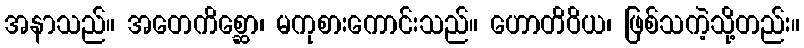
အနာသည်။ အတေကိစ္ဆော၊ မကုစားကောင်းသည်။ ဟောတိဝိယ၊ ဖြစ်သကဲ့သို့တည်း။